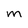
Character: M